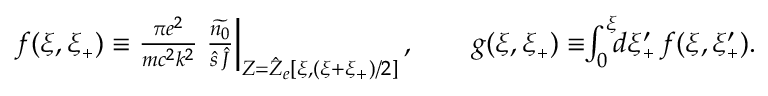
\begin{array} { r } { f ( \xi , \xi _ { { \scriptscriptstyle + } } ) \equiv \frac { \pi e ^ { 2 } } { m c ^ { 2 } k ^ { 2 } } \left. \frac { \widetilde { n _ { 0 } } } { \hat { s } \, \hat { J } } \right\vert _ { Z = \hat { Z } _ { e } \left[ \xi , ( \xi + \xi _ { { \scriptscriptstyle + } } ) / 2 \right] } , \qquad g ( \xi , \xi _ { { \scriptscriptstyle + } } ) \equiv \! \! \int _ { 0 } ^ { \xi } \! \! d \xi _ { { \scriptscriptstyle + } } ^ { \prime } \, f ( \xi , \xi _ { { \scriptscriptstyle + } } ^ { \prime } ) . } \end{array}